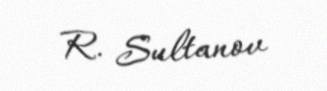
R. Sultanov